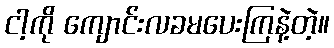
ငါ့ကို ကျောင်းလခမပေးကြနဲ့တဲ့။